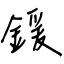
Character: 鍰